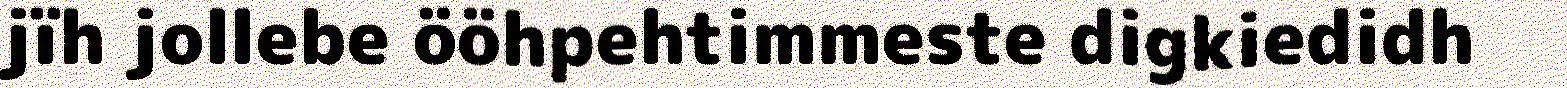
jïh jollebe ööhpehtimmeste digkiedidh